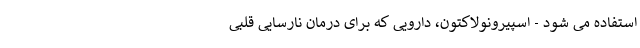
استفاده می شود - اسپیرونولاکتون، دارویی که برای درمان نارسایی قلبی